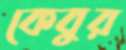
কেবুর